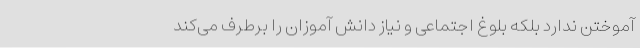
آموختن ندارد بلکه بلوغ اجتماعی و نیاز دانش آموزان را برطرف می‌کند